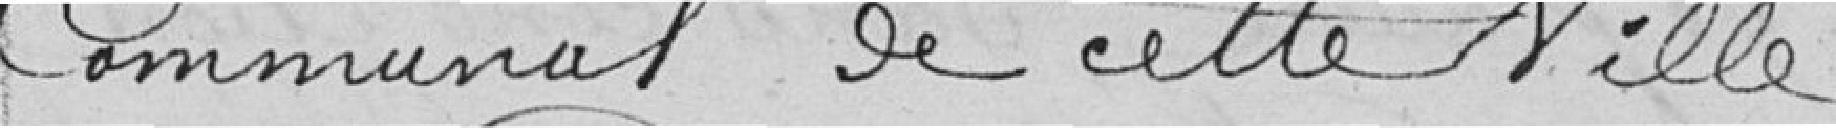
Communal de cette Ville